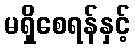
မရှိစေရန်နှင့်